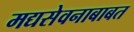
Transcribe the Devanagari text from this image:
मद्यसेवनाबाबत